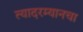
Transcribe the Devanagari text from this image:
त्यादरम्यानचा